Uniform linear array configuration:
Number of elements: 32
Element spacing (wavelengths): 0.25
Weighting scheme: uniform
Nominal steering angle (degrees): -60
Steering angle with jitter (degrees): -60.407
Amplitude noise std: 0.05
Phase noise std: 0.05

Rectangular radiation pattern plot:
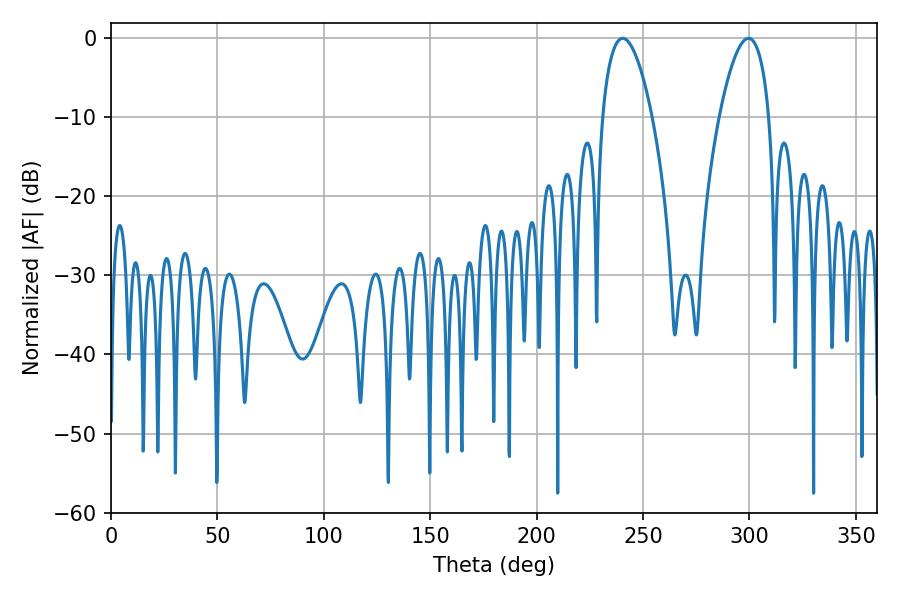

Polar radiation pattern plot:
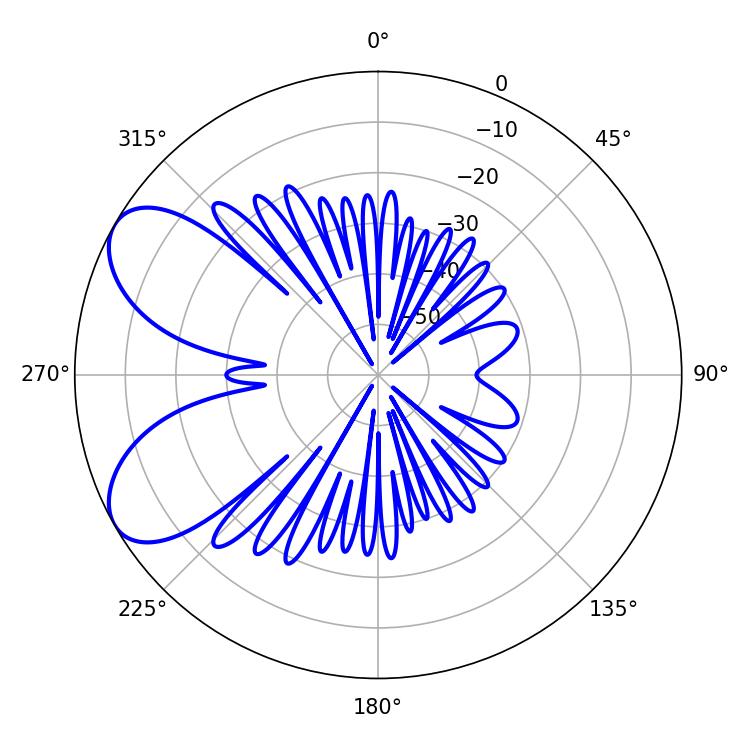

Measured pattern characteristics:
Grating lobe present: FALSE
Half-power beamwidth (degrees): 13.14
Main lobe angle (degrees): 240.48